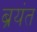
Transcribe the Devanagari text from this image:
ब्रयंत